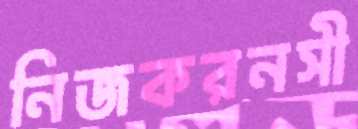
নিজকরনসী